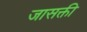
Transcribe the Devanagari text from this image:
जासक्ती